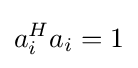
a_{i}^{H}a_{i}=1